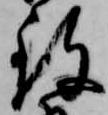
致